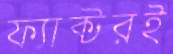
ফ্যাক্টরই